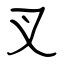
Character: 叉